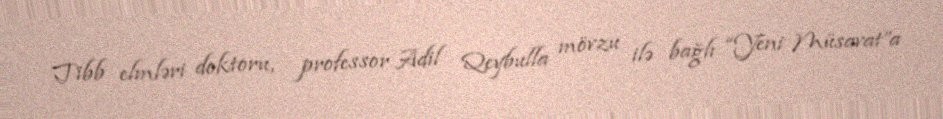
Tibb elmləri doktoru, professor Adil Qeybulla mövzu ilə bağlı “Yeni Müsavat”a